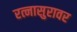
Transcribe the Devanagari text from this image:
रत्नासुरावर